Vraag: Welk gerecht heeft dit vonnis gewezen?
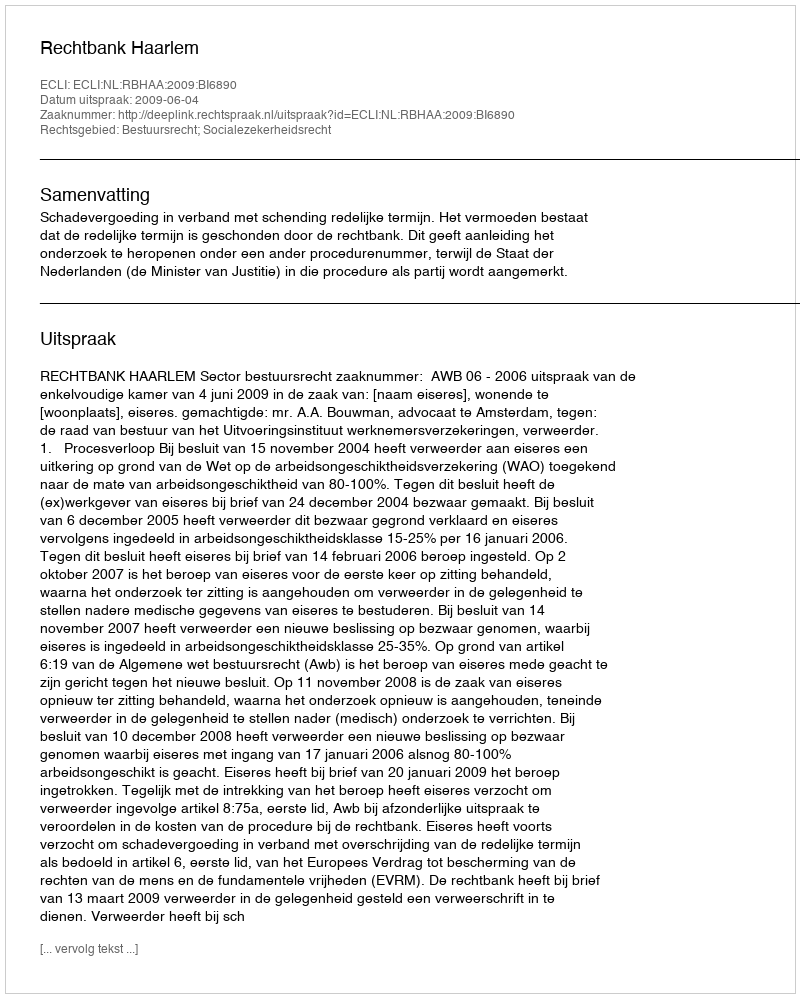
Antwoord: Rechtbank Haarlem